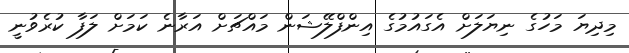
މިދިޔަ މަހުގެ ނިޔަލަށް އެގައުމުގެ އިންފްލޭޝަން މައްޗަށް އަރާނެ ކަަމަށް ލަފާ ކުރެވުނީ